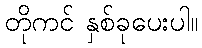
တိုကင် နှစ်ခုပေးပါ။